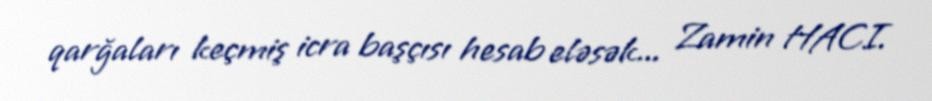
qarğaları keçmiş icra başçısı hesab eləsək... Zamin HACI.